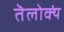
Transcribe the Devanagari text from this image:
तॆलोक्यं